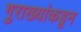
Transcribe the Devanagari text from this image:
गुराख्यांकडून